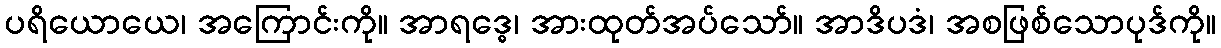
ပရိယောယေ၊ အကြောင်းကို။ အာရဒ္ဓေ၊ အားထုတ်အပ်သော်။ အာဒိပဒံ၊ အစဖြစ်သောပုဒ်ကို။